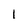
Character: 1